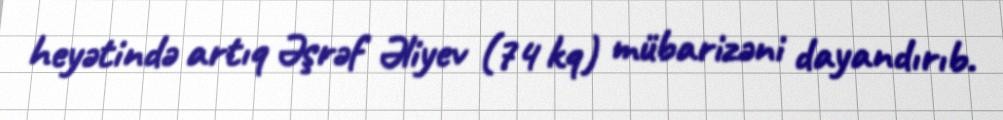
heyətində artıq Əşrəf Əliyev (74 kq) mübarizəni dayandırıb.